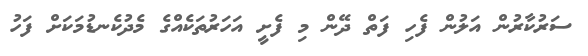
ސަރުކާރުން އަލުން ފެހި ފަތް ދޭން މި ފެށީ އަހަރުތަކެއްގެ މެދުކެނޑުމަކަށް ފަހު